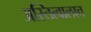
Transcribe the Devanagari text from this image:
अस्तित्वालाच